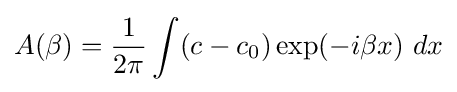
A(\beta )={\frac {1}{2\pi }}\int (c-c_{0})\exp(-i\beta x)~dx